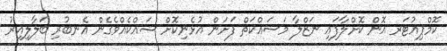
ކޮމްޕިއުޓަރ އޮން ކޮށްލާފައި ނަޒްލާ މަސައްކަތް ފަށަން އުޅެނިކޮށް ޝައްކެއްވެގެން އެނބުރި ބަލާލިއިރު